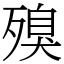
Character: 殠